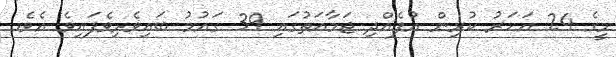
މީގެ 24 އަހަރު ކުރިން އުފެއްދި ޖަމާއަތުގައި 39 ގައުމު ބައިވެރިވެފައިވެ އެވެ.